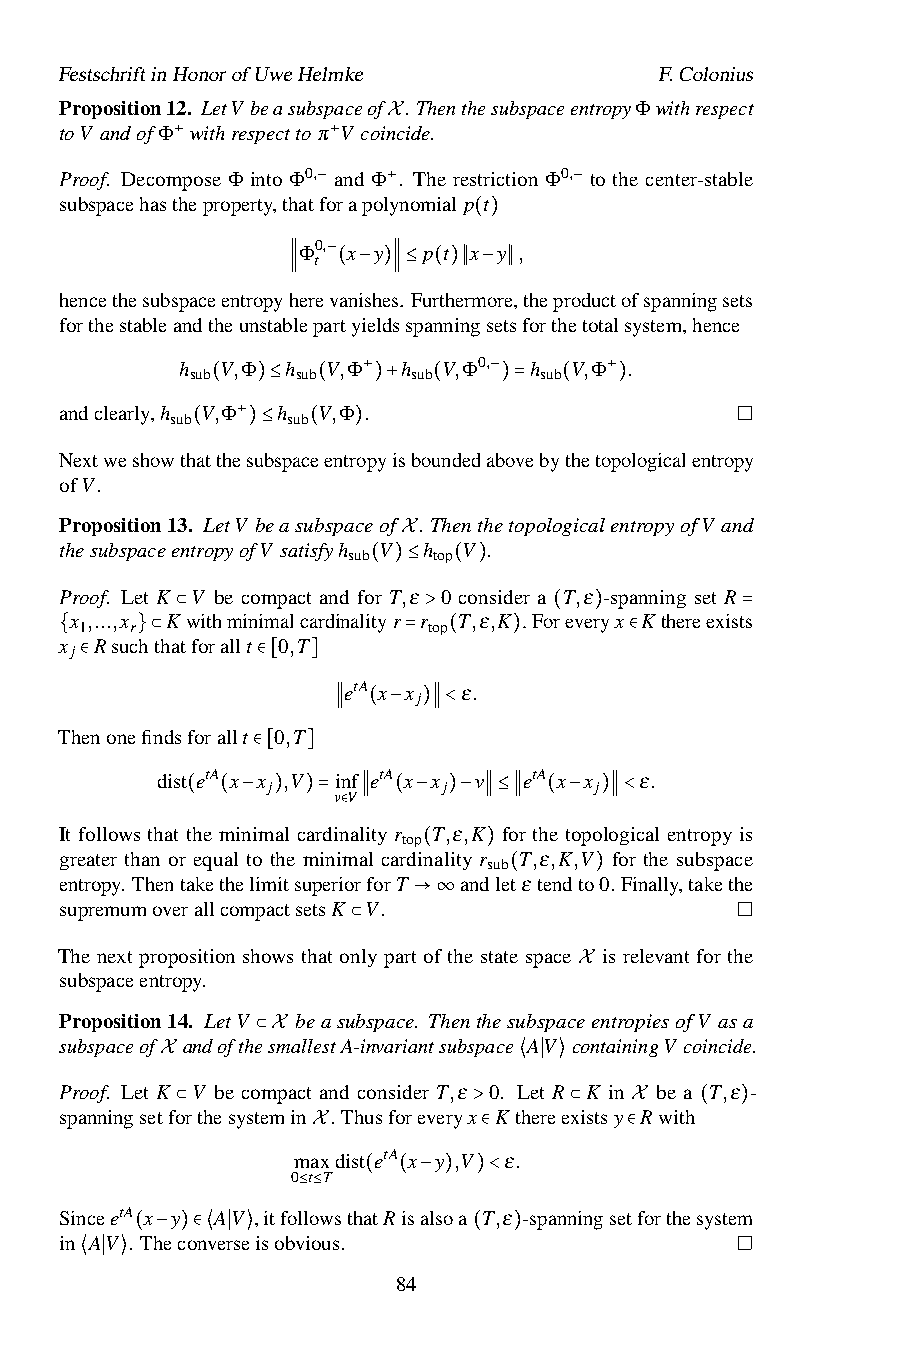
FestschriftinHonorofUweHelmke           F.Colonius
 Proposition12. LetV beasubspaceof .ThenthesubspaceentropyΦwithrespect
 toV andofΦ withrespecttoπ V coincide.
 X
 +          +
 Proof. Decompose Φ into Φ0, and Φ . The restriction Φ0, to the center-stable
 subspacehastheproperty,that−forapol+ynomial p t −
 Φ0, x y p t x( )y ,
 t
 −
 hencethesubspaceentropyh∥erev(ani−she)s∥.≤Fur(th)e∥rm−ore∥,theproductofspanningsets
 forthestableandtheunstablepartyieldsspanningsetsforthetotalsystem,hence
 h  V,Φ h  V,Φ h  V,Φ0, h  V,Φ .
 sub    sub    sub      sub
 +       −       +
 andclearly,h sub V(,Φ )≤h sub V(,Φ .)+ ( )= ( )
 +
 Nextweshowth(atthes)u≤bspac(eentr)opyisboundedabovebythetopologicalentropy
 ofV.
 Proposition13. LetV beasubspaceof . ThenthetopologicalentropyofV and
 thesubspaceentropyofV satisfyh V h V .
 sub   top
 X
 Proof. Let K V be compact and fo(r T),≤ε 0(co)nsider a T,ε -spanning set R
 x ,...,x Kwithminimalcardinalityr r T,ε,K . Foreveryx Kthereexists
 1   r                  top
 x Rsuchtha⊂tforallt 0,T >        ( )         =
 j
 {    }⊂                =  (   )       ∈
 ∈           ∈[  ] etA x x ε.
 j
 Thenonefindsforallt 0,T ∥ ( − )∥<
 dist etA x ∈x[j ,V] inf etA x x
 j
 v   etA x x
 j
 ε.
 v V
 It follows that (the m(i−nim)al c)ar=din∈al∥ity r( −T,)ε− ,K∥≤fo∥r th(e t−opo)lo∥g<ical entropy is
 top
 greater than or equal to the minimal cardinality r T,ε,K,V for the subspace
 sub
 entropy. ThentakethelimitsuperiorforT ( and)letε tendto0. Finally,takethe
 supremumoverallcompactsetsK V. (   )
 →∞
 The next proposition shows that o⊂nly part of the state space is relevant for the
 subspaceentropy.
 X
 Proposition14. LetV beasubspace. ThenthesubspaceentropiesofV asa
 subspaceof andofthesmallestA-invariantsubspace AV containingV coincide.
 ⊂X
 Proof. Let KX V be compact and consider T,ε 0. L⟨et∣ R⟩ K in be a T,ε -
 spanningsetforthesystemin . Thusforeveryx K thereexistsy Rwith
 ⊂                  >      ⊂   X   (  )
 maXxdist etA x y ,V ∈ ε. ∈
 0 t T
 SinceetA x y AV ,itfol≤lo≤wstha( tR( isa− lso) a ) T< ,ε -spanningsetforthesystem
 in AV . Theconverseisobvious.
 ( − )∈⟨ ∣ ⟩           (  )
 ⟨ ∣ ⟩                84